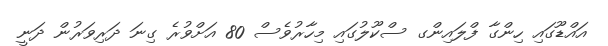
އައްޑޫގައި ހިންގާ ފްލައިންގ ސްކޫލުގައި މިހާރުވެސް 80 އަށްވުރެ ގިނަ ދަރިވަރުން ދަނީ